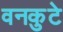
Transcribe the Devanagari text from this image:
वनकुटे